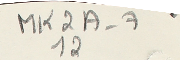
MK2A-7 12